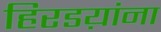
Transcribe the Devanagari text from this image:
हिरडय़ांना